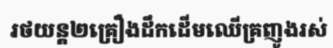
រថយន្ត២គ្រឿងដឹកដើមឈើគ្រញូងរស់